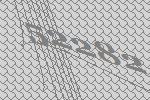
52282